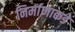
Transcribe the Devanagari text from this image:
निर्माणाकडे